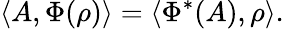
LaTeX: \langle A,\Phi(\rho)\rangle=\langle\Phi^{*}(A),\rho\rangle.